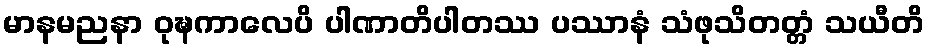
မာနမညနာ ဝုဍ္ဎကာလေပိ ပါဏာတိပါတဿ ပဿာနံ သံဖုသိတတ္တံ သယီတိ